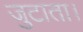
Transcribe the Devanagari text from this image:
जुटाता।